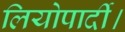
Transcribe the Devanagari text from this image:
लियोपार्दी।